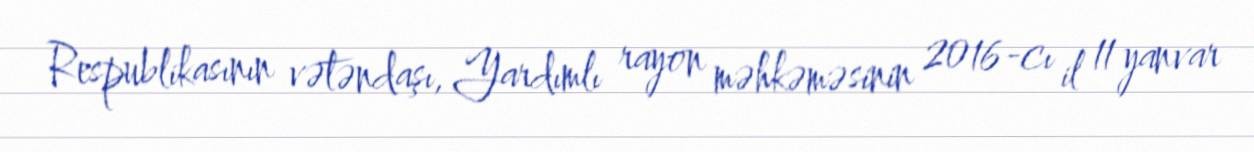
Respublikasının vətəndaşı, Yardımlı rayon məhkəməsinin 2016-cı il 11 yanvar